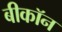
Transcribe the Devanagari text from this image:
बीकॉन